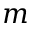
m